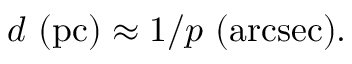
d { \mathrm { ~ ( p c ) } } \approx 1 / p { \mathrm { ~ ( a r c s e c ) } } .